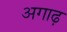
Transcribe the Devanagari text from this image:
अगाढ़